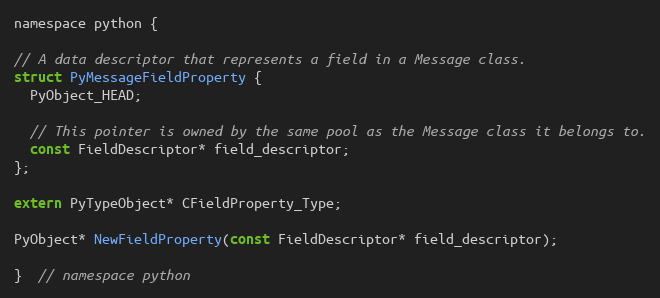
Language: C
namespace python {

// A data descriptor that represents a field in a Message class.
struct PyMessageFieldProperty {
  PyObject_HEAD;

  // This pointer is owned by the same pool as the Message class it belongs to.
  const FieldDescriptor* field_descriptor;
};

extern PyTypeObject* CFieldProperty_Type;

PyObject* NewFieldProperty(const FieldDescriptor* field_descriptor);

}  // namespace python